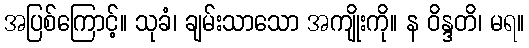
အပြစ်ကြောင့်။ သုခံ၊ ချမ်းသာသော အကျိုးကို။ န ဝိန္ဒတိ၊ မရ။